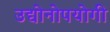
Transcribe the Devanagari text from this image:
उद्योनोपयोगी